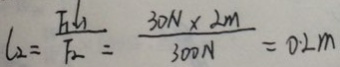
l _ { 2 } = \frac { F _ { 1 } L _ { 1 } } { F _ { 2 } } = \frac { 3 0 N \times 2 m } { 3 0 0 N } = 0 . 2 m